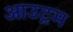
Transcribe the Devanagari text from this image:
आउट्रम